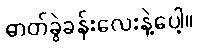
ဓာတ်ခွဲခန်းလေးနဲ့ပေါ့။